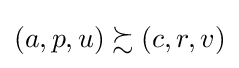
\left(a,p,u\right)\succsim \left(c,r,v\right)